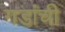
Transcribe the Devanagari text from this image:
गडांची